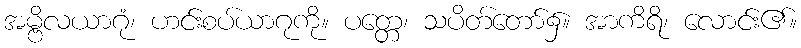
အမ္ဗိလယာဂုံ၊ ဟင်းစပ်ယာဂုကို။ ပတ္တေ၊ သပိတ်တော်၌။ အာကိရိ၊ လောင်း၏။